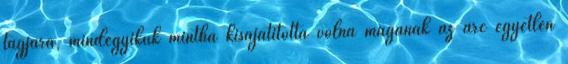
tagjára, mindegyikük mintha kisajátította volna magának az arc egyetlen